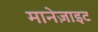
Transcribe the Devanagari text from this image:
मानेज़ाइट